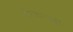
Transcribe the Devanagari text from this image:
पौरजनपदों